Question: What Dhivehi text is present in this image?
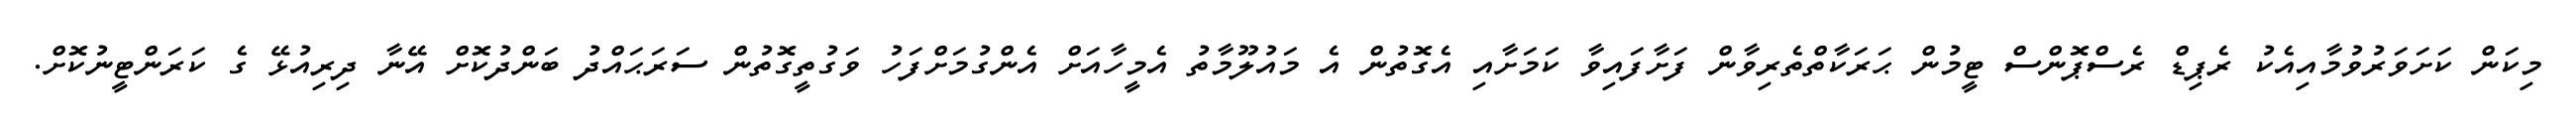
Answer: މިކަން ކަށަވަރުވުމާއިއެކު ރެޕިޑް ރެސްޕޮންސް ޓީމުން ޙަރަކާތްތެރިވާން ފަށާފައިވާ ކަމަށާއި އެގޮތުން އެ މައުލޫމާތު އެމީހާއަށް އެންގުމަށްފަހު ވަގުތީގޮތުން ސަރަޙައްދު ބަންދުކޮށް އޭނާ ދިރިއުޅޭ ގެ ކަރަންޓީނުކޮށް.